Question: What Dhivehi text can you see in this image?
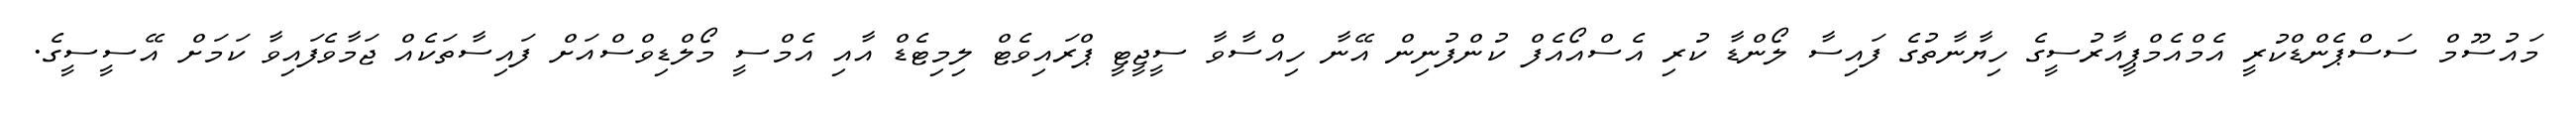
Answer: މައުސޫމް ސަސްޕެންޑްކުރީ އެމްއެމްޕީއާރުސީގެ ހިޔާނާތުގެ ފައިސާ ލޯންޑާ ކުރި އެސްއޯއެފް ކުންފުނިން އޭނާ ހިއްސާވާ ސީޖީޓީ ޕްރައިވެޓް ލިމިޓެޑް އާއި އެމްސީ މޯލްޑިވްސްއަށް ފައިސާތަކެއް ޖަމާވެފައިވާ ކަމަށް އޭސީސީގެ.